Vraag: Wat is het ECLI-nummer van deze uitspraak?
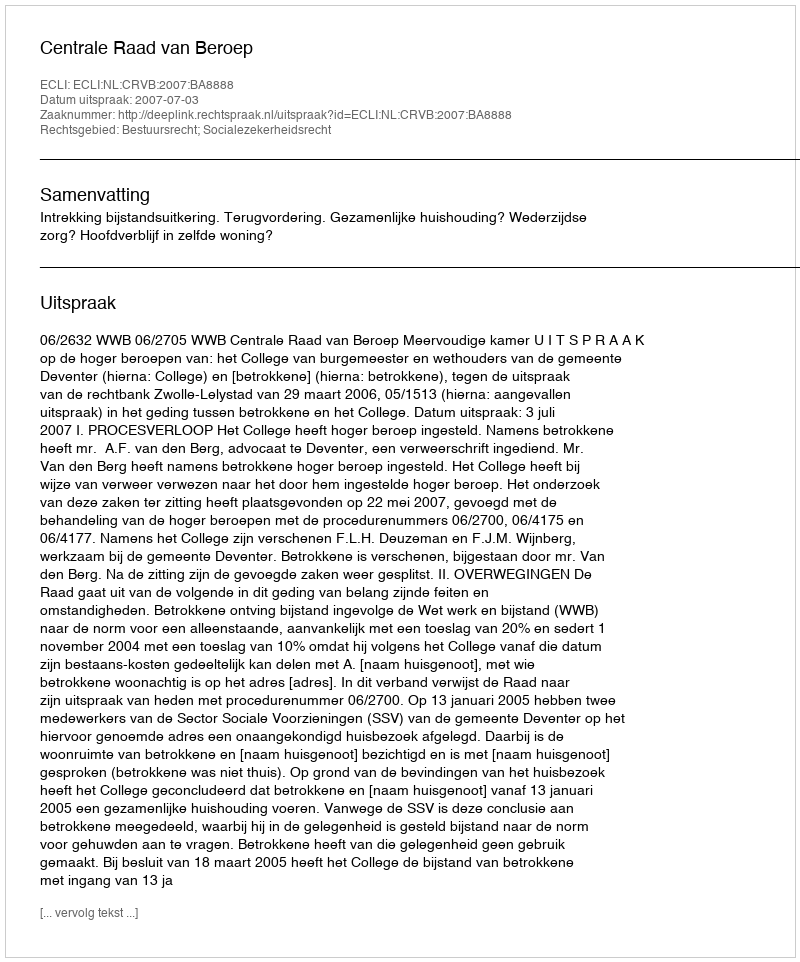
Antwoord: ECLI:NL:CRVB:2007:BA8888